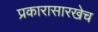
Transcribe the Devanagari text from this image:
प्रकारासारखेच